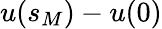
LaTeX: u(s_{M})-u(0)